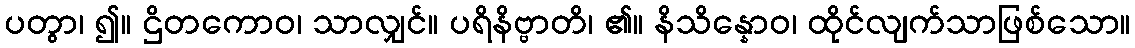
ပတွာ၊ ၍။ ဌိတကောဝ၊ သာလျှင်။ ပရိနိဗ္ဗာတိ၊ ၏။ နိသိန္နောဝ၊ ထိုင်လျက်သာဖြစ်သော။